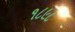
૧૮૯૮